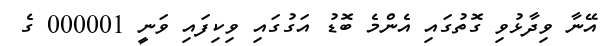
އޭނާ ވިދާޅުވި ގޮތުގައި އެންމެ ބޮޑު އަގުގައި ވިކިފައި ވަނީ 000001 ގެ